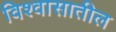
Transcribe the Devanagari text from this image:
विश्‍वासातील